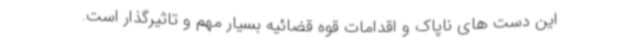
این دست های ناپاک و اقدامات قوه قضائیه بسیار مهم و تاثیرگذار است.